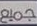
جميع